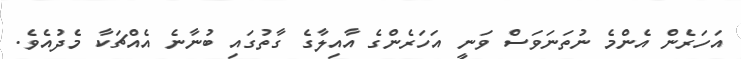
އަހަރެން އެންމެ ނުތަނަވަސް ވަނީ އަހަރެންގެ އާއިލާގެ ގާތުގައި ބުނާނެ އެއްޗަކާ މެދުއެވެ.